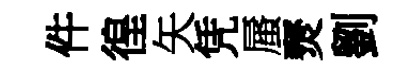
件徨矢凭蜃燹劉